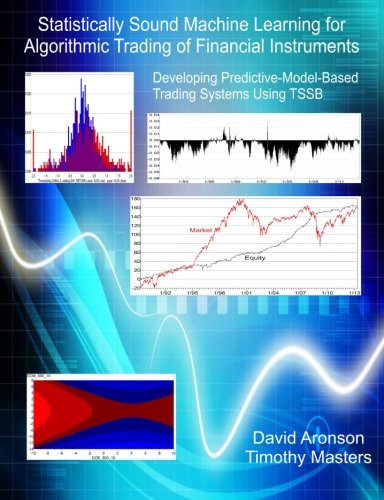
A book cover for Statistically Sound Machine Learning for Algorithmic Trading of Financial Instruments: Developing Predictive-Model-Based Trading Systems Using TSSB; David Aronson; Business & Money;